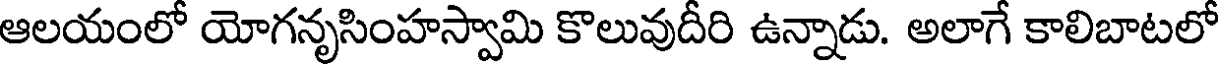
ఆలయంలో యోగనృసింహస్వామి కొలువుదీరి ఉన్నాడు. అలాగే కాలిబాటలో